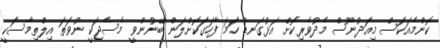
ކޮންމެއަކަސް މިއަދުނޫސް މެދުވެރިކޮށް އަޅުގަނޑު ހަމަ ފާހަގަކޮށްލަން ބޭނުންވީ މެސެޖަކީ ނުވަތަ އިލްތިމާސަކީ